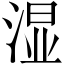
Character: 湿